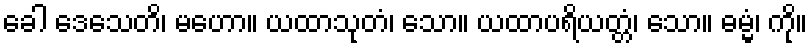
ခေါ ဒေသေတိ၊ မဟော။ ယထာသုတံ၊ သော။ ယထာပရိယတ္တံ၊ သော။ ဓမ္မံ၊ ကို။